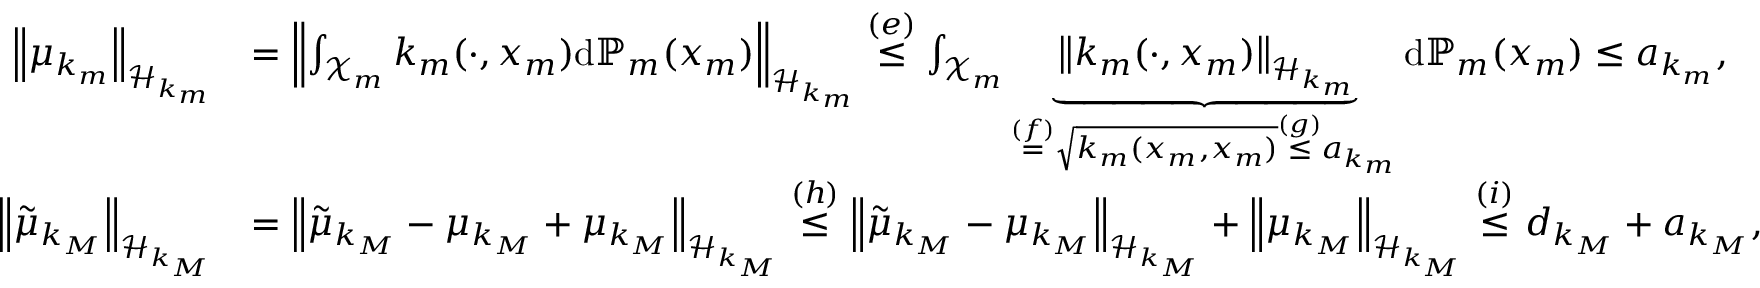
\begin{array} { r l } { \left\| \mu _ { k _ { m } } \right\| _ { \mathcal { H } _ { k _ { m } } } } & { = \left\| \int _ { \mathcal { X } _ { m } } k _ { m } ( \cdot , x _ { m } ) \mathrm { d } \mathbb { P } _ { m } ( x _ { m } ) \right\| _ { \mathcal { H } _ { k _ { m } } } \stackrel { ( e ) } { \le } \int _ { \mathcal { X } _ { m } } \underbrace { \left\| k _ { m } ( \cdot , x _ { m } ) \right\| _ { \mathcal { H } _ { k _ { m } } } } _ { \stackrel { ( f ) } { = } \sqrt { k _ { m } ( x _ { m } , x _ { m } ) } \stackrel { ( g ) } { \le } a _ { k _ { m } } } \mathrm { d } \mathbb { P } _ { m } ( x _ { m } ) \le a _ { k _ { m } } , } \\ { \left\| { \tilde { \mu } _ { k _ { M } } } \right\| _ { \mathcal { H } _ { k _ { M } } } } & { = \left\| { \tilde { \mu } _ { k _ { M } } - \mu _ { k _ { M } } + \mu _ { k _ { M } } } \right\| _ { \mathcal { H } _ { k _ { M } } } \stackrel { ( h ) } { \le } \left\| { \tilde { \mu } _ { k _ { M } } - \mu _ { k _ { M } } } \right\| _ { \mathcal { H } _ { k _ { M } } } + \left\| { \mu _ { k _ { M } } } \right\| _ { \mathcal { H } _ { k _ { M } } } \stackrel { ( i ) } { \le } d _ { k _ { M } } + a _ { k _ { M } } , } \end{array}